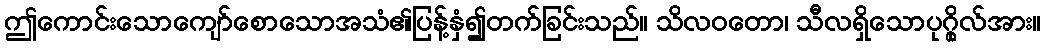
ဤကောင်းသောကျော်စောသောအသံ၏ပြန့်နှံ၍တက်ခြင်းသည်။ သိလဝတော၊ သီလရှိသောပုဂ္ဂိုလ်အား။